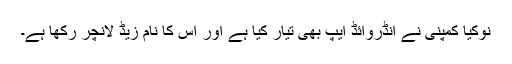
نوکیا کمپنی نے انڈروائڈ ایپ بھی تیار کیا ہے اور اِس کا نام زیڈ لانچر رکھا ہے۔